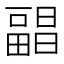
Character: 𰣕